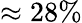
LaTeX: \approx 28\%